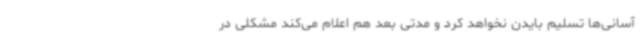
آسانی‌ها تسلیم بایدن نخواهد کرد و مدتی بعد هم اعلام می‌کند مشکلی در